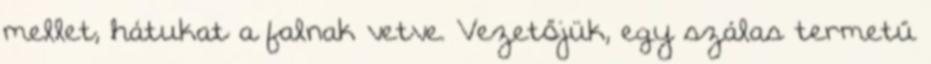
mellet, hátukat a falnak vetve. Vezetőjük, egy szálas termetű